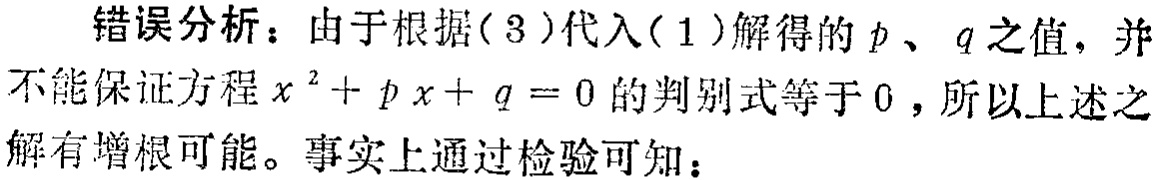
错误分析：由于根据(3)代入(1)解得的\(p\)、\(q\)之值，并不能保证方程\(x^{2}+px + q = 0\)的判别式等于\(0\)，所以上述之解有增根可能。事实上通过检验可知：